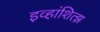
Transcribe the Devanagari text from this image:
इव्हांशित्झ